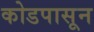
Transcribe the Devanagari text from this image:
कोडपासून